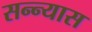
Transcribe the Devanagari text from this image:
सन्न्यास